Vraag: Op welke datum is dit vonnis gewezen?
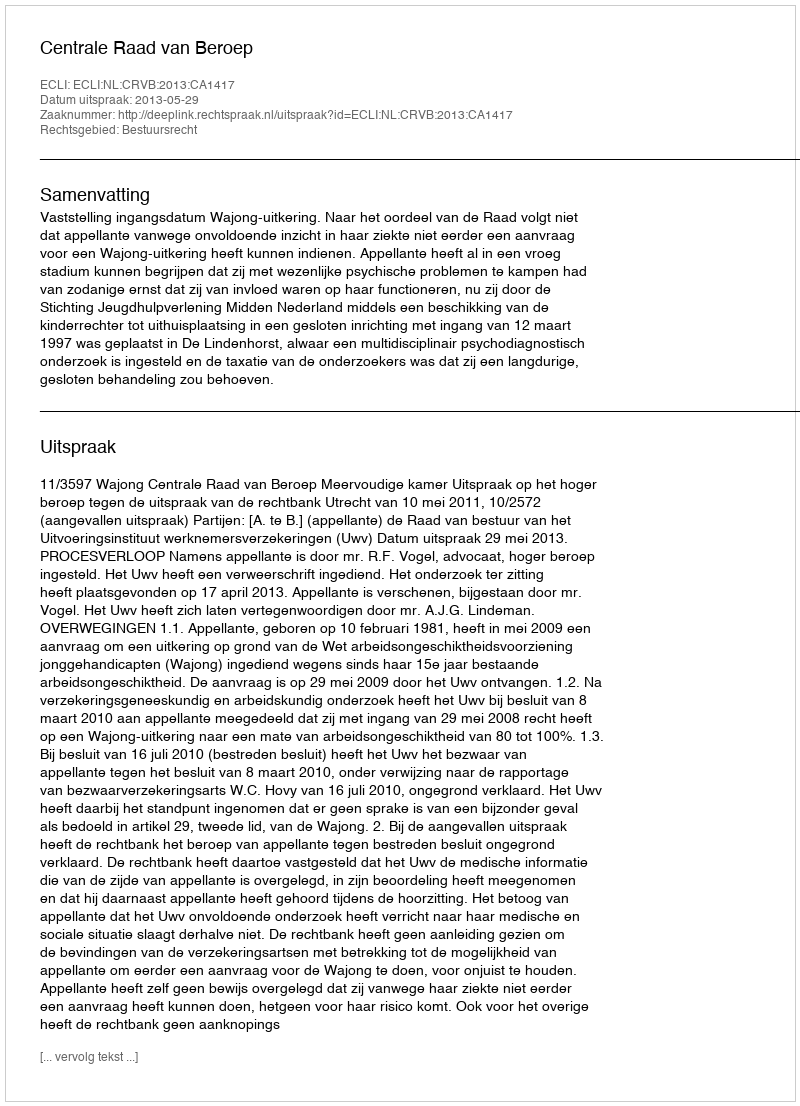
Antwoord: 2013-05-29